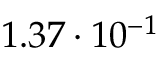
1 . 3 7 \cdot 1 0 ^ { - 1 }